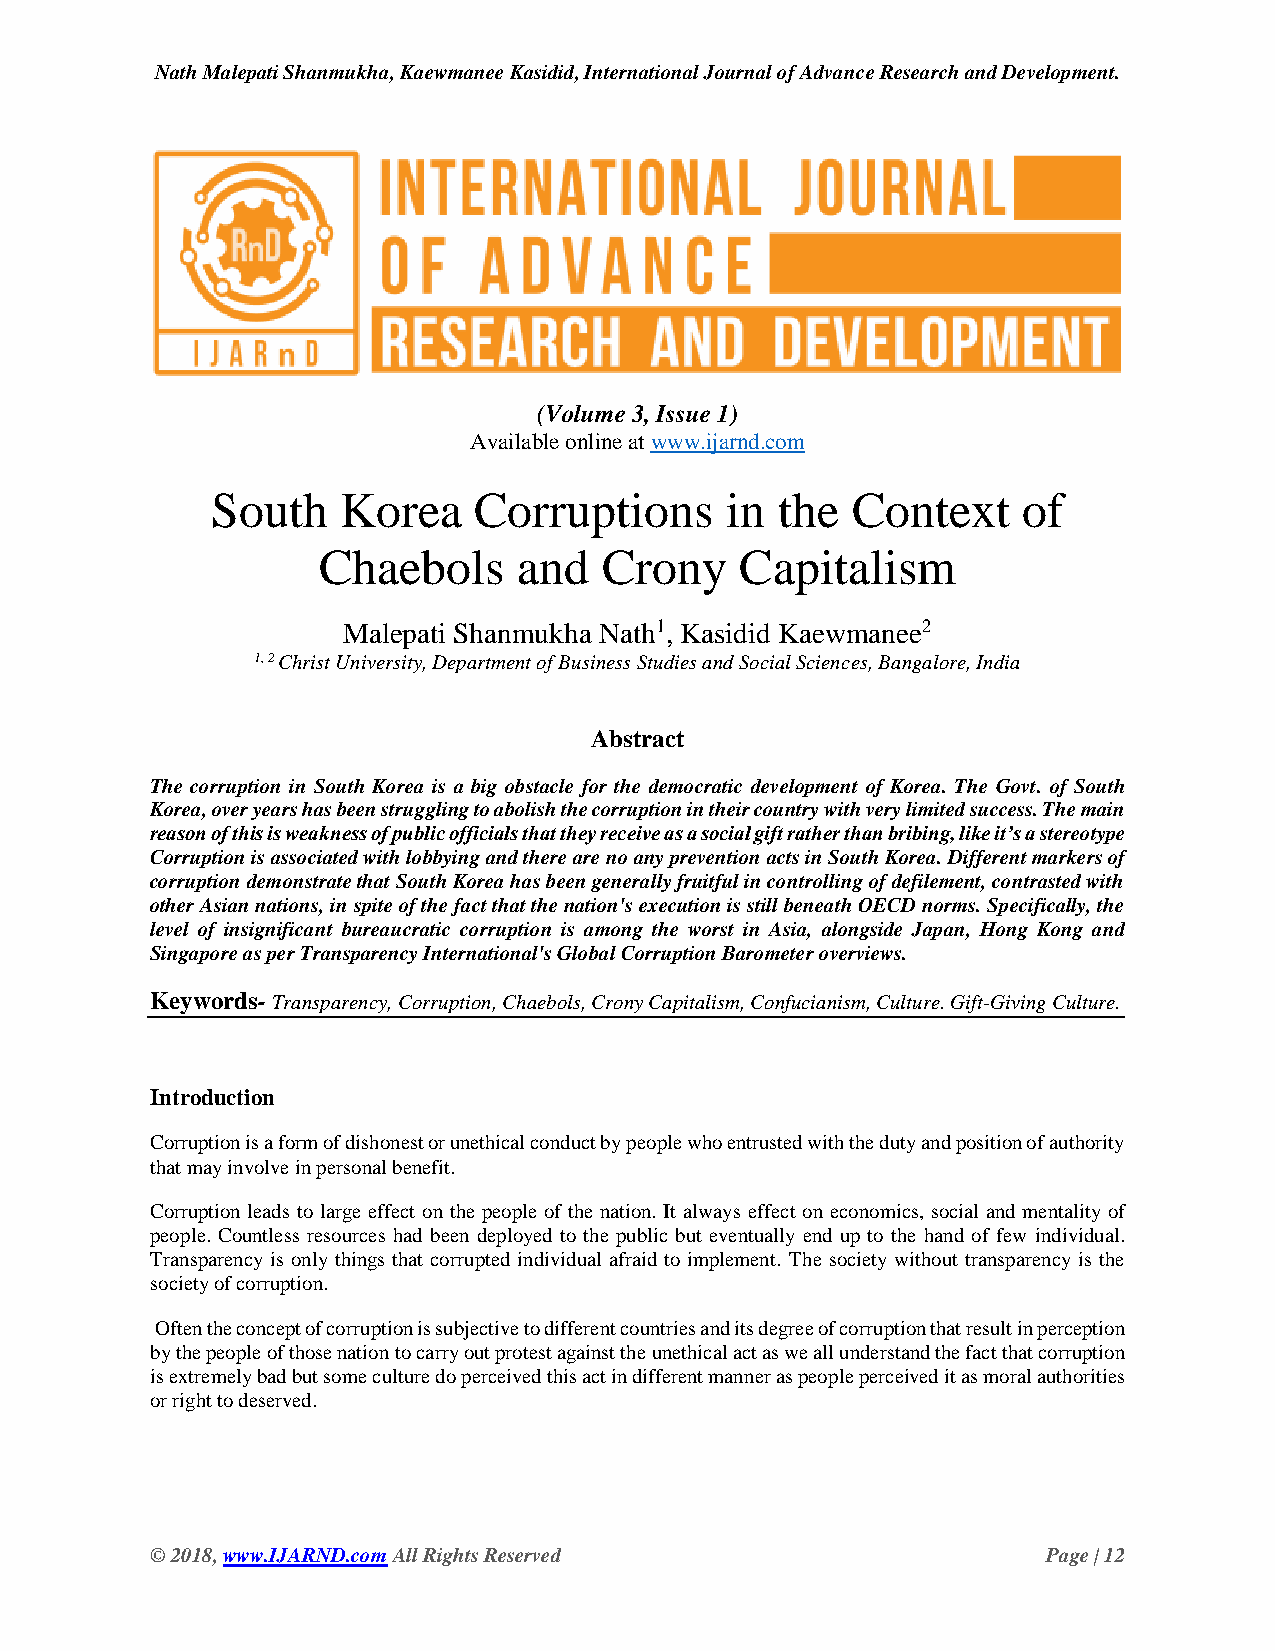
Nath Malepati Shanmukha, Kaewmanee Kasidid, International Journal of Advance Research and Development.
 (Volume 3, Issue 1)
 Available online at www.ijarnd.com
 South    Korea   Corruptions      in the  Context     of
 Chaebols     and   Crony    Capitalism
 Malepati Shanmukha Nath1, Kasidid Kaewmanee2
 1, 2 Christ University, Department of Business Studies and Social Sciences, Bangalore, India
 Abstract
 The corruption in South Korea is a big obstacle for the democratic development of Korea. The Govt. of South
 Korea, over years has been struggling to abolish the corruption in their country with very limited success. The main
 reason of this is weakness of public officials that they receive as a social gift rather than bribing, like it’s a stereotype
 Corruption is associated with lobbying and there are no any prevention acts in South Korea. Different markers of
 corruption demonstrate that South Korea has been generally fruitful in controlling of defilement, contrasted with
 other Asian nations, in spite of the fact that the nation's execution is still beneath OECD norms. Specifically, the
 level of insignificant bureaucratic corruption is among the worst in Asia, alongside Japan, Hong Kong and
 Singapore as per Transparency International's Global Corruption Barometer overviews.
 Keywords- Transparency, Corruption, Chaebols, Crony Capitalism, Confucianism, Culture. Gift-Giving Culture.
 Introduction
 Corruption is a form of dishonest or unethical conduct by people who entrusted with the duty and position of authority
 that may involve in personal benefit.
 Corruption leads to large effect on the people of the nation. It always effect on economics, social and mentality of
 people. Countless resources had been deployed to the public but eventually end up to the hand of few individual.
 Transparency is only things that corrupted individual afraid to implement. The society without transparency is the
 society of corruption.
 Often the concept of corruption is subjective to different countries and its degree of corruption that result in perception
 by the people of those nation to carry out protest against the unethical act as we all understand the fact that corruption
 is extremely bad but some culture do perceived this act in different manner as people perceived it as moral authorities
 or right to deserved.
 © 2018, www.IJARND.com All Rights Reserved                 Page | 12